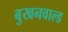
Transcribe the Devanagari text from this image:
बुखनवाल्ड